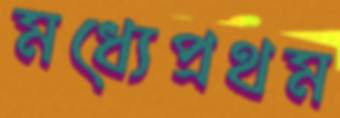
মধ্যেপ্রথম